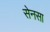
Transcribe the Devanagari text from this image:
सेनसा